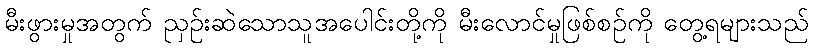
မီးဖွားမှုအတွက် ညှဉ်းဆဲသောသူအပေါင်းတို့ကို မီးလောင်မှုဖြစ်စဉ်ကို တွေ့ရများသည်